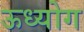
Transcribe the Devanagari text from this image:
ऊध्योग